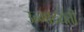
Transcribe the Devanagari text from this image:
उन्मादयंती